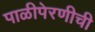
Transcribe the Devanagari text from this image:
पाळीपेरणीची